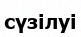
сүзілуі